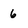
Character: 6